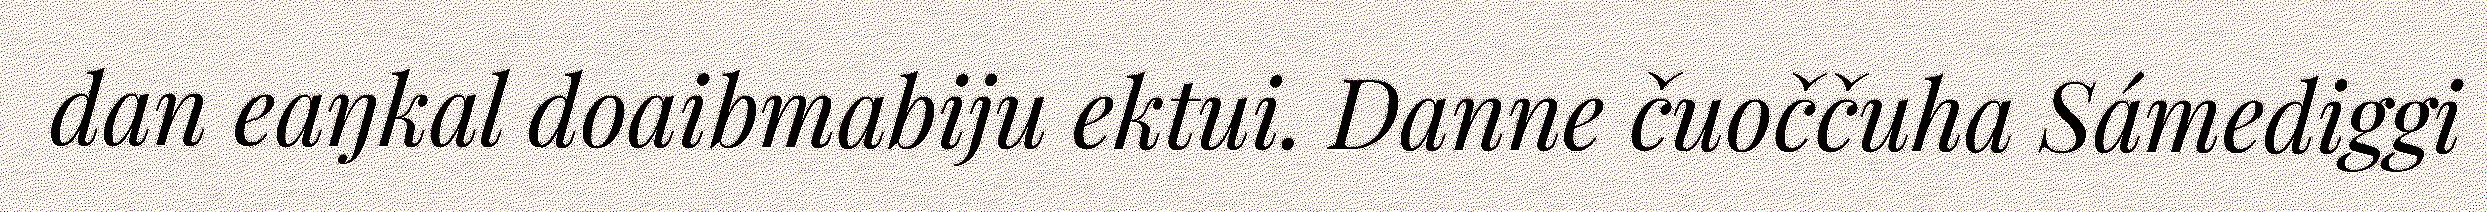
dan eaŋkal doaibmabiju ektui. Danne čuoččuha Sámediggi